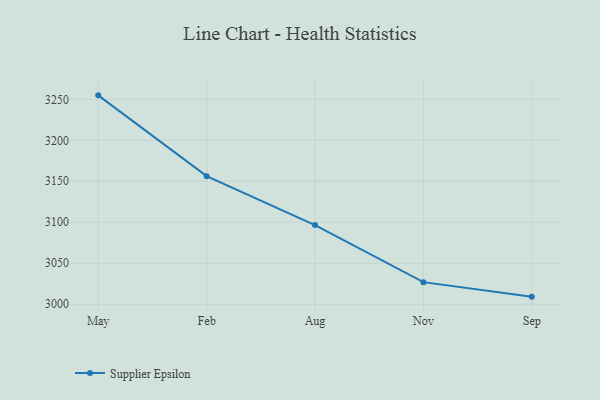
{"axis": {"x": "Month", "y": "Active Users"}, "legend": ["Supplier Epsilon"], "data": [{"x": "May", "y": 3254.9, "type": "Supplier Epsilon"}, {"x": "Feb", "y": 3156.3, "type": "Supplier Epsilon"}, {"x": "Aug", "y": 3096.6, "type": "Supplier Epsilon"}, {"x": "Nov", "y": 3026.9, "type": "Supplier Epsilon"}, {"x": "Sep", "y": 3009.2, "type": "Supplier Epsilon"}]}